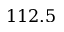
1 1 2 . 5